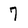
Character: 7